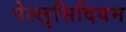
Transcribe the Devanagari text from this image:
पेल्लुसिदियम